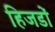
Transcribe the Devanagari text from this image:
हिजडों